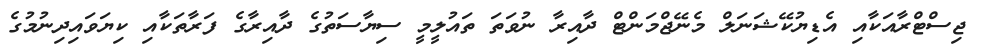
ޖިސްޓްރާއަކާއި އެޑިޔުކޭޝަނަލް މެނޭޖްމަންޓް ދާއިރާ ނުވަތަ ތައުލީމީ ސިޔާސަތުގެ ދާއިރާގެ ފަރާތަކާއި ކިޔަވައިދިނުމުގެ